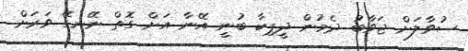
ސުވާލަށް ޖަވާބު ދެމުން ދީޕިކާ ބުނީ އޭނާ އަށް ގޮތް ނޭނގޭ ވަރަށް